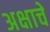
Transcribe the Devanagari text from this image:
अक्षाचे